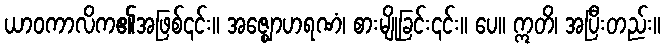
ယာဝကာလိက၏အဖြစ်၎င်း။ အဇ္ဈောဟရဏံ၊ စားမျိုခြင်း၎င်း။ ပေ။ ဣတိ၊ အပြီးတည်း။